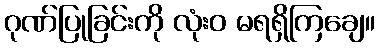
ဂုဏ်ပြုခြင်းကို လုံးဝ မရရှိကြချေ။